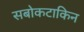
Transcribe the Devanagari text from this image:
सबोकटाकिन